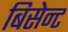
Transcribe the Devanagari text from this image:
बिसेन्ट